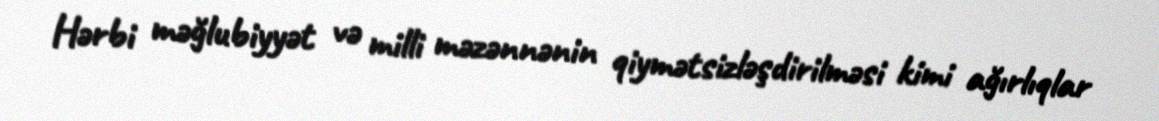
Hərbi məğlubiyyət və milli məzənnənin qiymətsizləşdirilməsi kimi ağırlıqlar